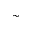
\sim